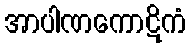
အာပါဏကောဋိကံ